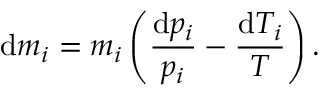
\mathrm { d } m _ { i } = m _ { i } \left( \frac { \mathrm { d } p _ { i } } { p _ { i } } - \frac { \mathrm { d } T _ { i } } { T } \right) .